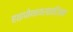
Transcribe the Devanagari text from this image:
हाइपोथायराइडिज्म